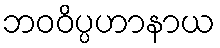
ဘဝဝိပ္ပဟာနာယ